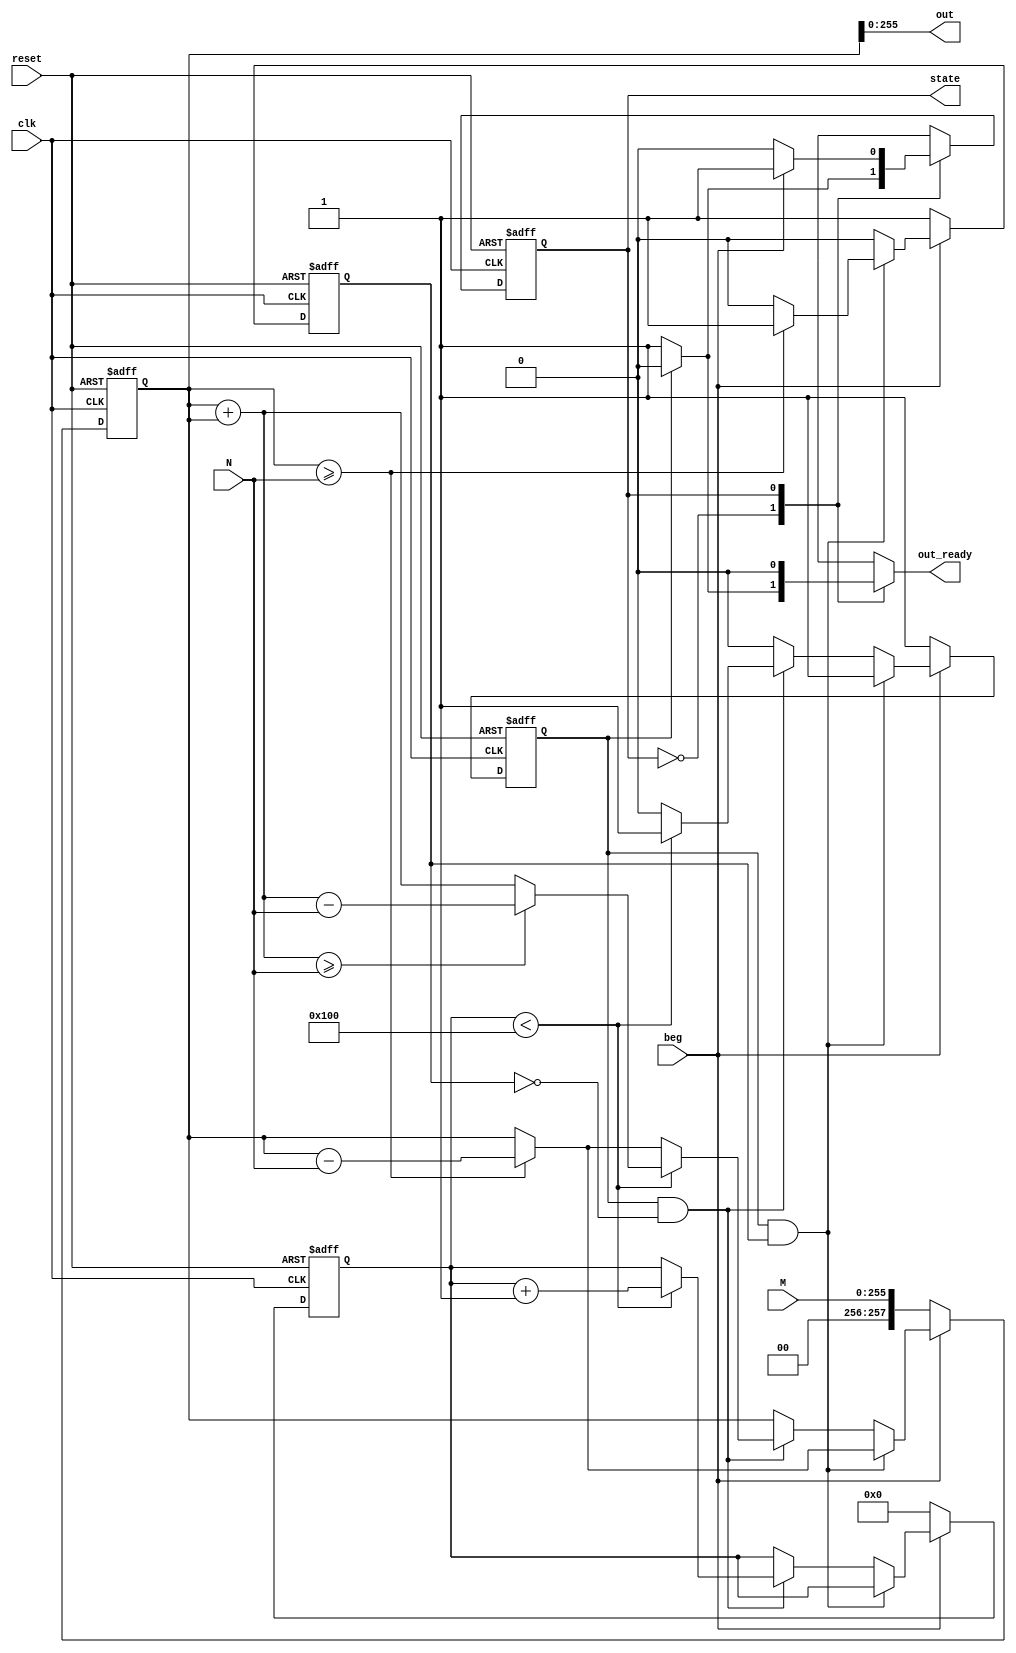
module pre_processing (
    M,
    N,
    clk,
    beg,
    out,
    out_ready,
    reset,
    
    //observation
    state
    // counting,
    // next_state
);

// this module do the following things:
// 1) take 256-bit M & N
// 2) count the digit of M = n
// 3) use recursive to calculate (2^n)*M mod N
// 4) output the outcome

// ================= parameter definition ===================
    parameter recursive = 1'b0;
    parameter done = 1'b1;
    
// ================= in/out declaration =====================
    // ---------------- input ----------------------------------
    input [255:0] M;
    input [255:0] N;
    input clk;
    input beg;
    input reset;
    
    // ---------------- output --------------------------------- 
    output [255:0] out;
    output out_ready;
    
    //observation
    output  state;
    // output counting;
    // output [1:0] next_state;

// ================= reg/wire declaration ===================
    reg  state;
    reg  next_state;
    reg  counting;
    reg  next_counting;
    reg  recur;
    reg  next_recur;
    reg  firstMod;
    reg  next_firstMod;
    reg  [257:0] MM;
    reg  [257:0] next_MM; 
    reg  out_ready;
    reg  [8:0] recurtime;
    reg  [8:0] next_recurtime;

// ================= combinational part =====================
    // finite state machine
    always@(*) begin
        case (state)       
            recursive: begin
                if (recur == 1) begin
                    next_state = recursive;
                    out_ready = 0;
                end
                else begin
                    next_state = done;
                    out_ready = 1;
                end
            end
            
            done: begin
                if (beg == 0) begin
                    next_state = recursive;
                    out_ready = 0;
                end
                else begin
                    next_state = done;
                    out_ready = 0;
                end
            end
            
            default: begin
                next_state = done;
                out_ready = 0;
            end
        endcase
    end

    // (2) the first time mod N
    // (3) recursive 2M mod N
    always@(*) begin
        if (beg == 0) begin
            next_MM = M;
            next_firstMod = 1;
            next_recur = 1;
            next_recurtime = 0;
        end
        else if (recur == 1 && firstMod == 1) begin  // first time mod N
            if (MM >= N) begin // mod ing
                next_MM = MM - N;
                next_firstMod = 1;
                next_recur = 1;
                next_recurtime = recurtime;

            end
            else begin // finish mod
                next_MM = MM;
                next_firstMod = 0;
                next_recur = 1;
                next_recurtime = recurtime;

            end
        end
        else if (recur == 1 && firstMod == 0) begin // recursive 2M mod N
                if (recurtime < 256 ) begin // recursuve ing
                    if ((MM+MM) >= N) begin // case 1
                        next_MM = MM + MM - N;
                        next_firstMod = 0;
                        next_recur = 1;
                        next_recurtime = recurtime + 9'b1;
                    end
                    else begin // case 2
                        next_MM = MM + MM;
                        next_firstMod = 0;
                        next_recur = 1;
                        next_recurtime = recurtime + 9'b1;
                    end
                end
                else begin // finish recursive
                    if (MM >= N) begin
                        next_MM = MM - N;
                        next_firstMod = 0;
                        next_recur = 0;
                        next_recurtime = recurtime;
                    end
                    else begin
                        next_MM = MM;
                        next_firstMod = 0;
                        next_recur = 0;
                        next_recurtime = recurtime;
                    end
                end
        end
        else begin // all finished
            next_MM = MM;
            next_firstMod = 0;
            next_recur = 0;
            next_recurtime = recurtime;
        end
    end
    
    // out
    assign out = MM[255:0];
    
// ================= sequentail part ========================
always@( posedge clk or posedge reset ) begin

    // reset
    if ( reset == 1 ) begin
        state <= done;
        firstMod <= 1'b1;
        MM <= 0;
        recur <= 1;
        recurtime <= 0;
    end
    // run
    else begin
        state <= next_state;
        firstMod <= next_firstMod;
        MM <= next_MM;
        recur <= next_recur;
        recurtime <= next_recurtime;
    end

end

endmodule